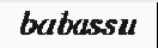
babassu